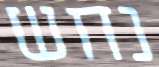
נחש